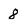
Character: 8